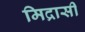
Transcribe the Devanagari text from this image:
मिद्रासी